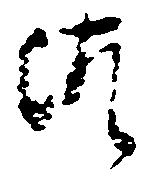
御